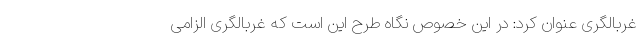
غربالگری عنوان کرد: در این خصوص نگاه طرح این است که غربالگری الزامی